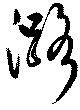
潞